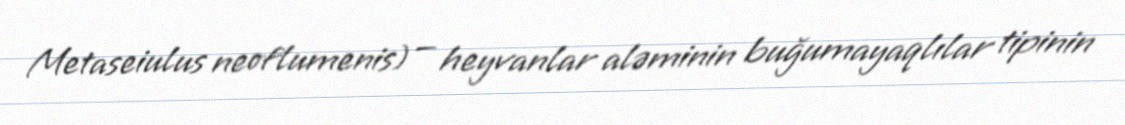
Metaseiulus neoflumenis) — heyvanlar aləminin buğumayaqlılar tipinin